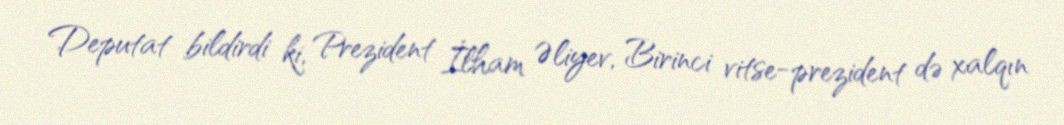
Deputat bildirdi ki, Prezident İlham Əliyev, Birinci vitse-prezident də xalqın